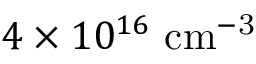
4 \times 1 0 ^ { 1 6 } ~ \mathrm { c m ^ { - 3 } }